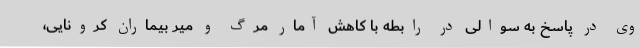
وی در پاسخ به سوالی در رابطه با کاهش آمار مرگ و میر بیماران کرونایی،